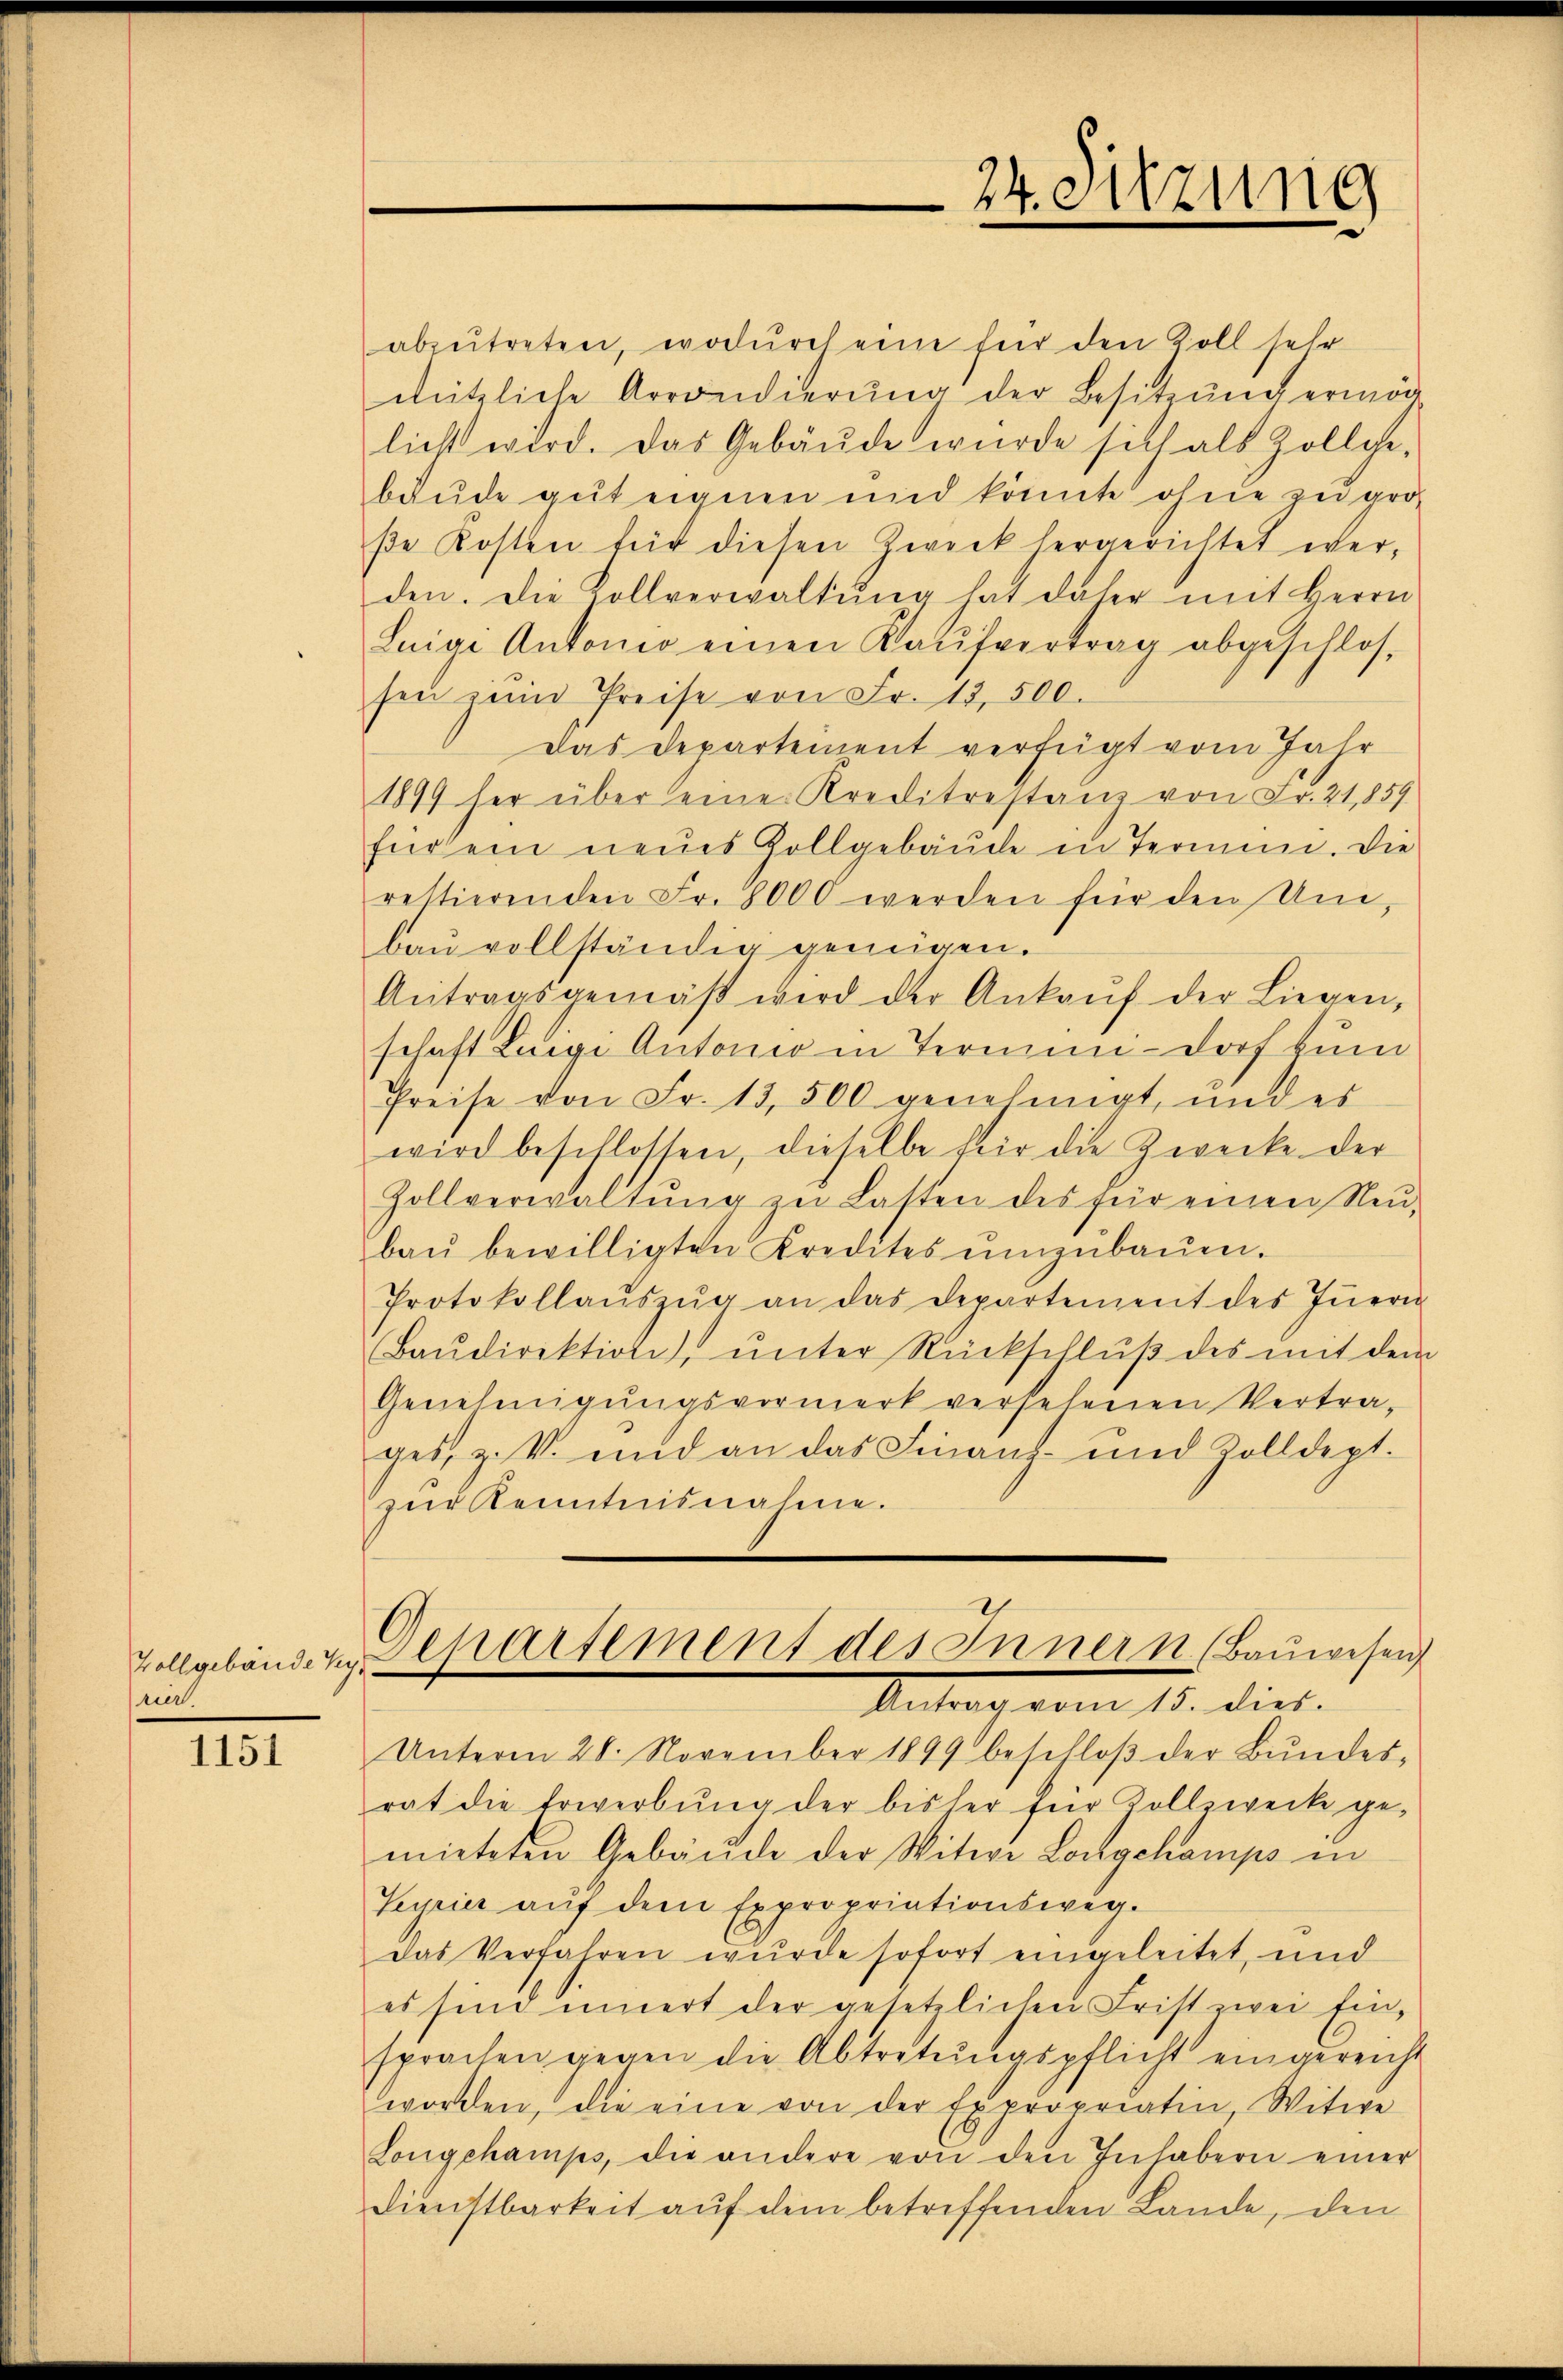
Vollgebäude Kyrier.

1151

abzutreten, wodurch eine für den Zoll sehr
nützliche Arrondierŭng der Besitzŭng ermöge
licht wird. Das Gebäŭde wurde sich als Zollge-
bäude gut eignen und könnte ohne zu groß
ße Kosten für diesen Zweck hergerichtet werden. Die Kollverwaltŭng hat daher mit Herrn
Leige Antonio einen Kaŭfvertrag abgeschlos-
sen zum Preise von Fr. 13,500.
Das Departement verfügt vom Jahr
1899 her über eine Kreditrestanz von Fr. 21859
für ein neŭes Zollgebäŭde in Termin. Die
rettierenden Fr. 8000 werden für den Um-
bau vollständig genügen.
Antragsgemäβ wird der Ankaŭf der Liegen,
schaft Luigi Antonio in Termin-Dorf zum
Preise von Fr. 13,500 genehmigt, und es
wird beschlossen, dieselbe für die Zwecke der
Zollverwaltŭng zu Lasten des für einen Neu-
baŭ bewilligten Kredites ŭmzŭbaŭen.
Protokollaŭszŭg an das Departement des Iṅern
Baŭdirektion, ŭnter Rückschlŭβ des mit dem
Genehmigŭngsvormerk versehenen Vertra-
ges, z. V. uid an das Finanz- und Zolldept.
zŭr Kenntnisnahme.
Departement des Innern (Bauwesen
Antrag vom 15. dies.
Unterm 28. November 1899 beschloβ der Bŭndes-
rat die Erwerbŭng der bisher für Vollzwecke ge-
mieteten Gebäude der Witwe Longchamps in
Seyrier aŭf dem Expropriationsweg.
das Verfahren wurde sofort eingeleitet, und
es sind innert der gesetzlichen Frist zwei Ein-
sprachen gegen die Abtretŭngspflicht eingereicht
worden, die eine von der Expropriatin, Witwe
Longchamps, die andere von den Inhabern einer
Dienstbarkeit auf dem betreffenden Lande, den

24. Sitzung